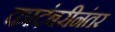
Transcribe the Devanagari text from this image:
कादंबरीनंतर